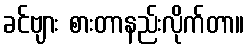
ခင်ဗျား စားတာနည်းလိုက်တာ။